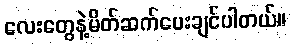
လေးတွေနဲ့မိတ်ဆက်ပေးချင်ပါတယ်။